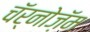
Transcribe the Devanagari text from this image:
चॅर्नोज़ॅम